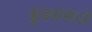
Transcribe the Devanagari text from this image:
कुंड्यांमध्ये